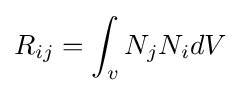
R_{ij}=\int _{v}N_{j}N_{i}dV